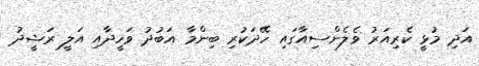
އަދި މުޅީ ކެރިއަރު ވެލެންސިއާގައި ހޭދަކުރި ބިންމާ އަބުދު ވަހީދާއި އަލީ ރަޝީދު